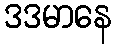
ဒဒမာနေ